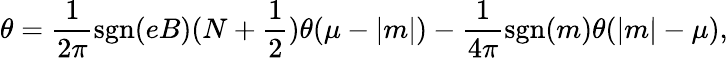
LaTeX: \theta=\frac{1}{2\pi}\mathrm{sgn}(eB)(N+\frac{1}{2})\theta(\mu-|m|)-\frac{1}{4\pi}\mathrm{sgn}(m)\theta(|m|-\mu),